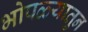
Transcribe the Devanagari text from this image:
भोपळ्यातुन